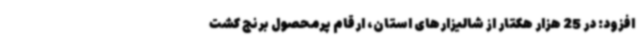
افزود: در 25 هزار هکتار از شالیزارهای استان، ارقام پرمحصول برنج کشت